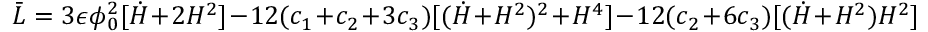
\bar { L } = 3 \epsilon \phi _ { 0 } ^ { 2 } [ \dot { H } + 2 H ^ { 2 } ] - 1 2 ( c _ { 1 } + c _ { 2 } + 3 c _ { 3 } ) [ ( \dot { H } + H ^ { 2 } ) ^ { 2 } + H ^ { 4 } ] - 1 2 ( c _ { 2 } + 6 c _ { 3 } ) [ ( \dot { H } + H ^ { 2 } ) H ^ { 2 } ]